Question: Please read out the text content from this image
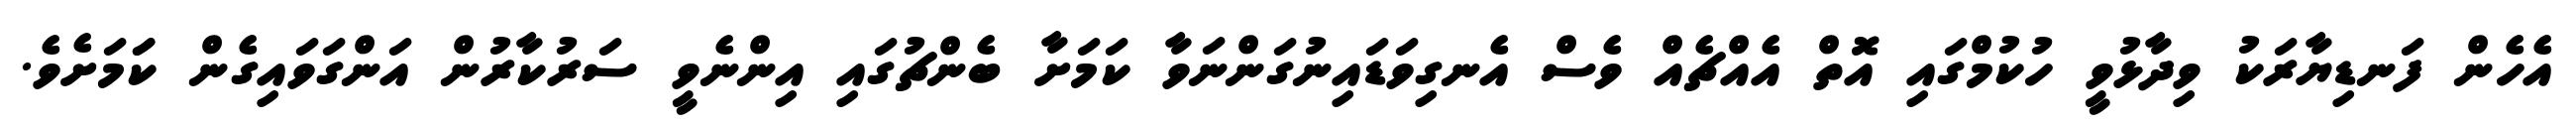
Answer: އެހެން ފަނޑިޔާރަކު ވިދާޅުވީ ހުކުމްގައި އޮތް އެއްޗެއް ވެސް އެނގިވަޑައިނުގަންނަވާ ކަމަށާ ބެންޗުގައި އިންނެވީ ސަރުކާރުން އަންގަވައިގެން ކަަމަށެވެ.